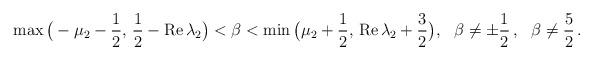
LaTeX: \begin{align*} \max\big(-\mu_2-\frac 12,\, \frac 12-\mbox{Re}\, \lambda_2\big) < \beta < \min\big(\mu_2+\frac 12,\, \mbox{Re}\, \lambda_2+\frac 32\big), \ \ \beta\not= \pm \frac 12\, , \ \ \beta\not= \frac 52\, .\end{align*}